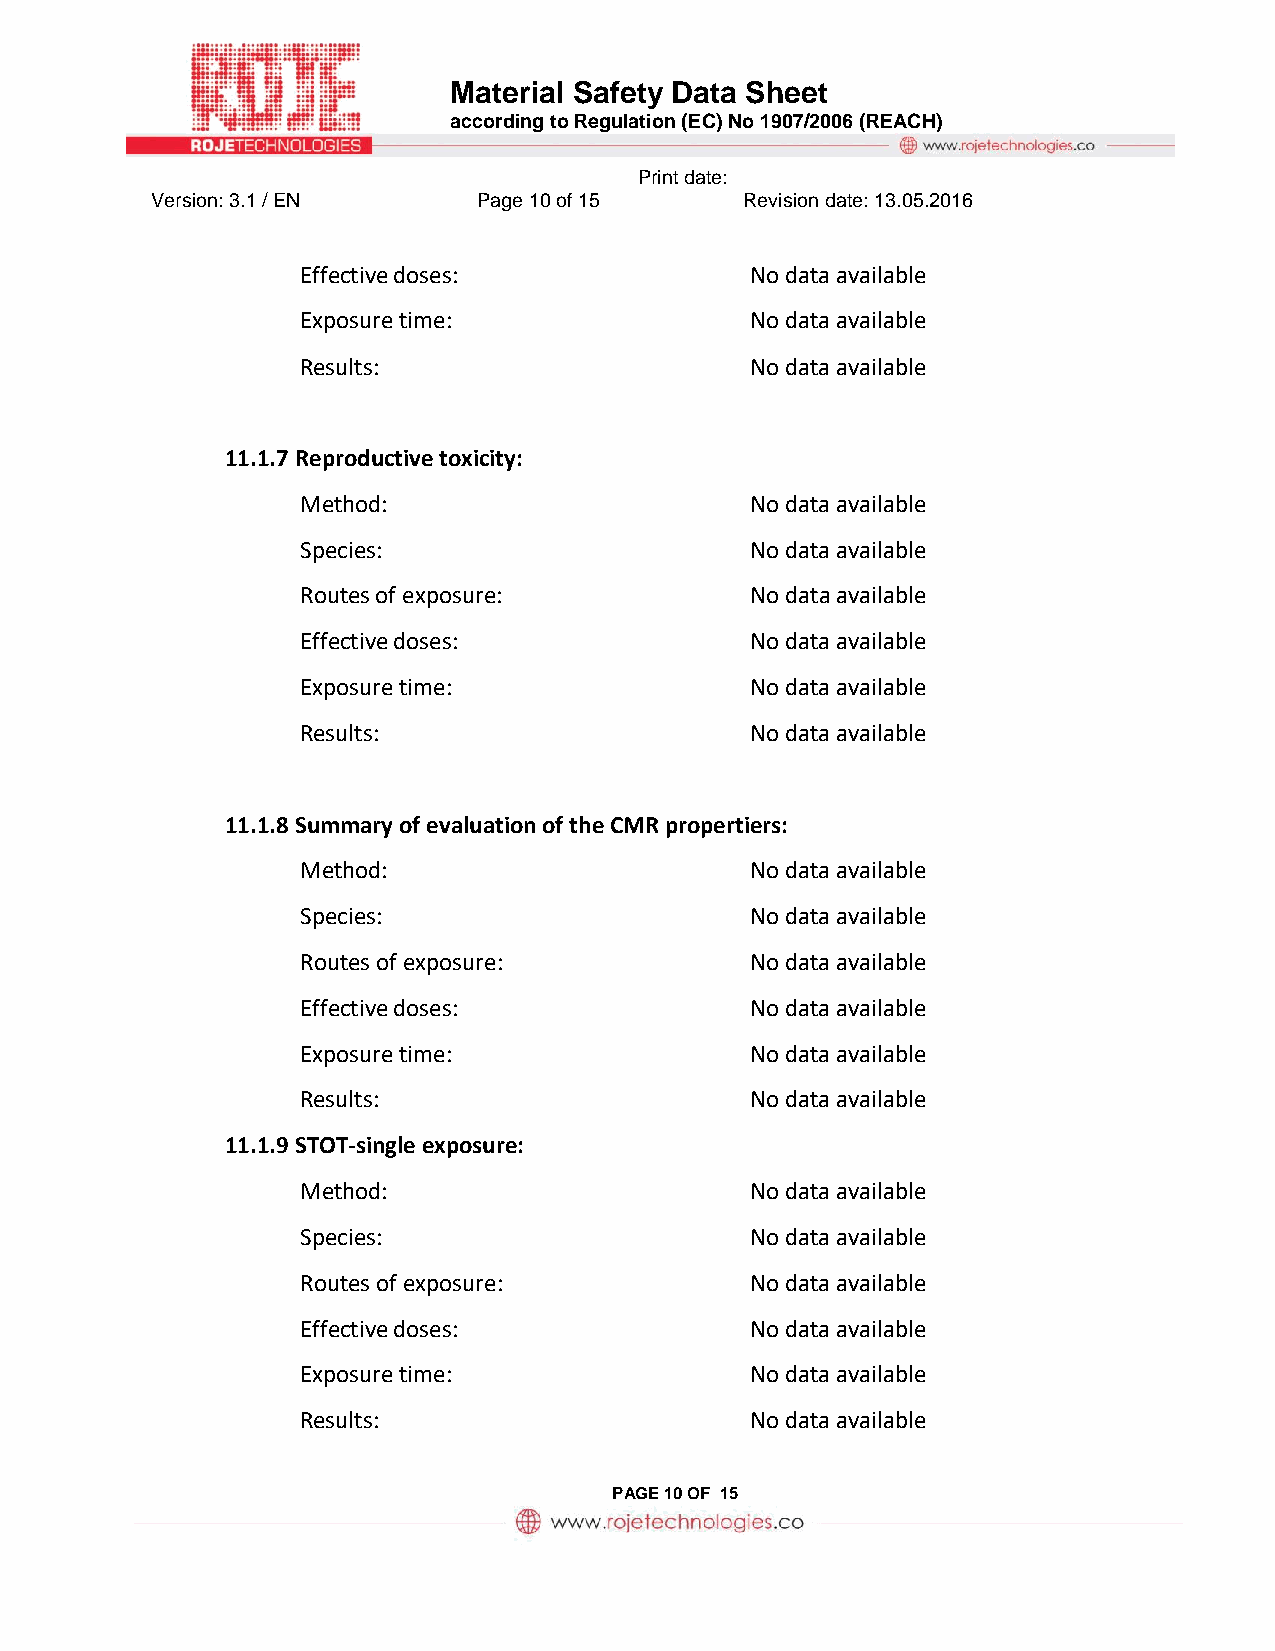
Material Safety Data Sheet
 according to Regulation (EC) No 1907/2006 (REACH)
 Print date:
 Version: 3.1 / EN     Page 10 of 15    Revision date: 13.05.2016
 Effective doses:              No data available
 Exposure time:                No data available
 Results:                      No data available
 11.1.7 Reproductive toxicity:
 Method:                       No data available
 Species:                      No data available
 Routes of exposure:           No data available
 Effective doses:              No data available
 Exposure time:                No data available
 Results:                      No data available
 11.1.8 Summary of evaluation of the CMR propertiers:
 Method:                       No data available
 Species:                      No data available
 Routes of exposure:           No data available
 Effective doses:              No data available
 Exposure time:                No data available
 Results:                      No data available
 11.1.9 STOT-single exposure:
 Method:                       No data available
 Species:                      No data available
 Routes of exposure:           No data available
 Effective doses:              No data available
 Exposure time:                No data available
 Results:                      No data available
 PAGE 10 OF 15